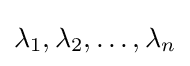
\lambda _{1},\lambda _{2},\dots ,\lambda _{n}